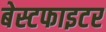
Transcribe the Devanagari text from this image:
बेस्टफाइटर